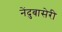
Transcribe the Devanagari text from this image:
नेंदुबासेरी